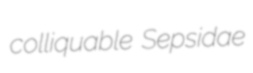
colliquable Sepsidae